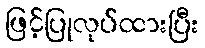
ဖြင့်ပြုလုပ်ထားပြီး